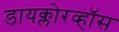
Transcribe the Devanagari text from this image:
डायक्लोरव्हॉस